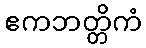
ဧကဘတ္တိကံ